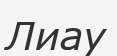
Лиау